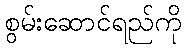
စွမ်းဆောင်ရည်ကို